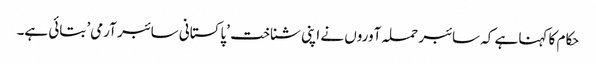
حکام کا کہنا ہے کہ سائبر حملہ آوروں نے اپنی شناخت ’پاکستانی سائبر آرمی’ بتائی ہے۔